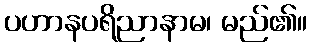
ပဟာနပရိညာနာမ၊ မည်၏။